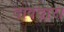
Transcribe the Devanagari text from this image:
दावेदार।